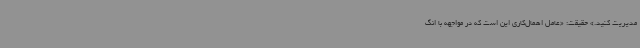
مدیریت کنید.» حقیقت: «عامل اهمال‌کاری این است که در مواجهه با انگ